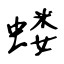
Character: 蝼